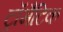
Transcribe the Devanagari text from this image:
ट्रॉमैटिक